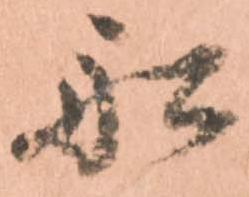
船